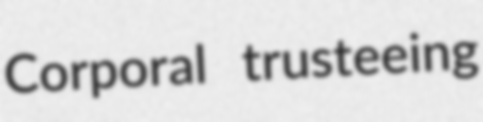
Corporal trusteeing